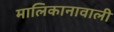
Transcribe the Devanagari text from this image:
मालिकानावाली